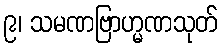
၉၊ သမဏဗြာဟ္မဏသုတ်